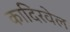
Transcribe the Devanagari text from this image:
कादिरवेल